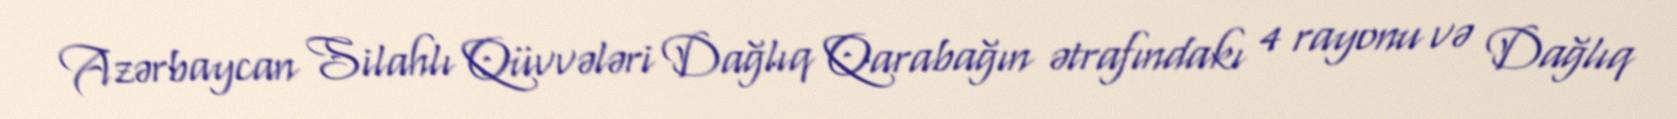
Azərbaycan Silahlı Qüvvələri Dağlıq Qarabağın ətrafındakı 4 rayonu və Dağlıq